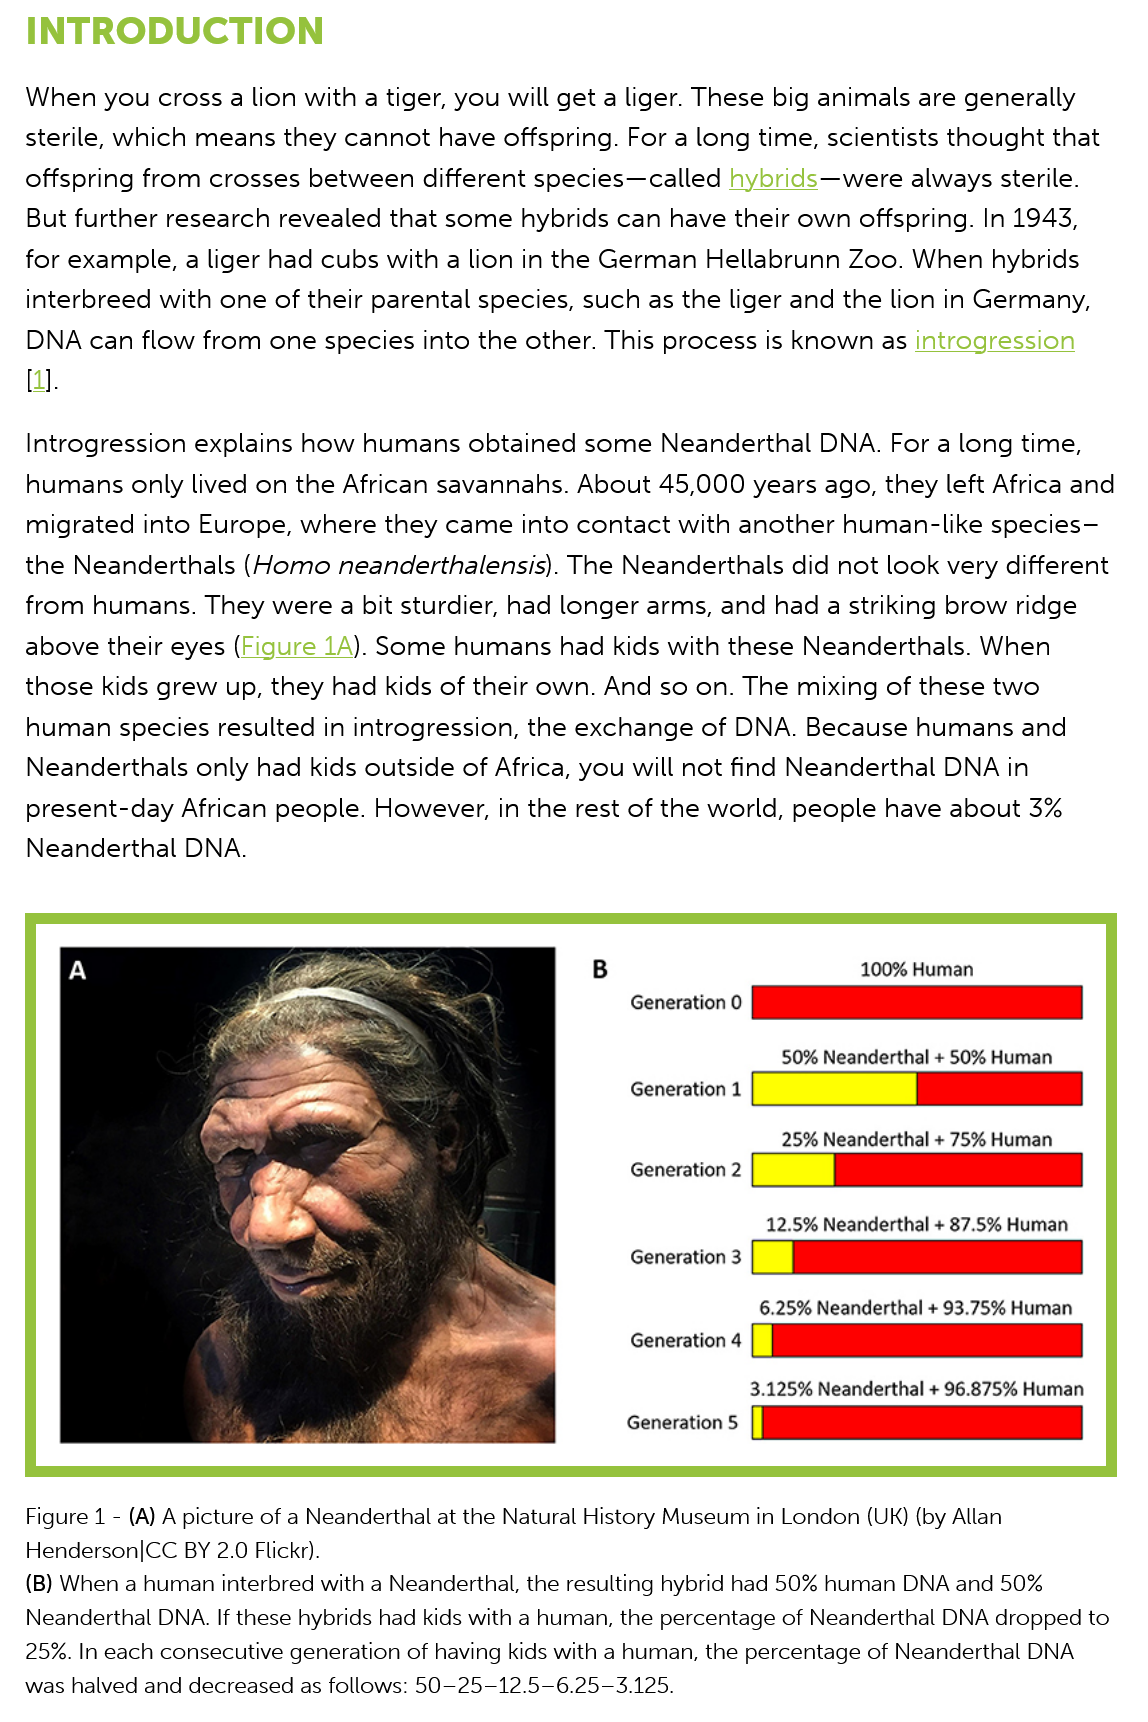
INTRODUCTION
   When you cross a lion with a tiger, you will get a liger. These big animals are generally
   sterile, which means they cannot have offspring. For a long time, scientists thought that
   offspring from crosses between different species—called hybrids—were always sterile.
   But further research revealed that some hybrids can have their own offspring. In 1943,
   for example, a liger had cubs with a lion in the German Hellabrunn Zoo. When hybrids
   interbreed with one of their parental species, such as the liger and the lion in Germany,
   DNA can  flow from one species into the other. This process is known as introgression
   [1].
   Introgression explains how humans obtained some   Neanderthal DNA.  For a long time,
   humans only lived on the African savannahs. About 45,000 years ago, they left Africa and
   migrated into Europe, where they came into contact with another human-like species—
   the Neanderthals (Homo  neanderthalensis). The Neanderthals did not look very different
   from humans.  They were a bit sturdier, had longer arms, and had a striking brow ridge
   above their eyes (Figure 1A). Some humans had kids with these Neanderthals. When

   those kids grew up, they had kids of their own. And so on. The mixing of these two
   human species  resulted in introgression, the exchange of DNA. Because humans and
   Neanderthals only had kids outside of Africa, you will not find Neanderthal DNA in
   present-day African people. However, in the rest of the world, people have about 3%
   Neanderthal DNA.
   Figure 1
     -
     (A) A picture of a Neanderthal at the Natural History Museum in London (UK) (by Allan
   Henderson|CC BY 2.0 Flickr).
   (B) When a human interbred with a Neanderthal, the resulting hybrid had 50% human DNA and 50%
   Neanderthal DNA. If these hybrids had kids with a human, the percentage of Neanderthal DNA dropped to
   25%. In each consecutive generation of having kids with a human, the percentage of Neanderthal DNA
  was halved and decreased as follows: 50—25-12.5-6.25-3.125.